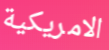
الامريكية